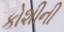
કોશીની